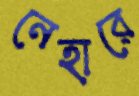
নেহারে